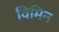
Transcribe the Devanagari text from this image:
विमिन